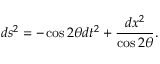
d s ^ { 2 } = - \cos 2 \theta d t ^ { 2 } + \frac { d x ^ { 2 } } { \cos 2 \theta } .